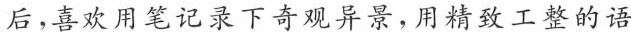
后，喜欢用笔记录下奇观异景，用精致工整的语